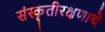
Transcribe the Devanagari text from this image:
संस्कृतीरक्षणाचे